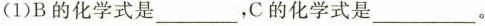
(1)B的化学式是___，C的化学式是___。